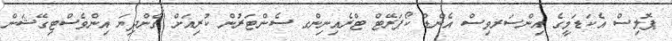
ޕޮލިސް އެކަޑަމީގެ އިންސަރވިސް އެންޑް ކޯޕަރޭޓް ޓްރެއިނިންގ ސެންޓަރުން ކުރިއަށް ގެންދިޔަ އިންވެސްޓިގޭޝަން